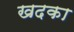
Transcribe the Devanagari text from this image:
खदका